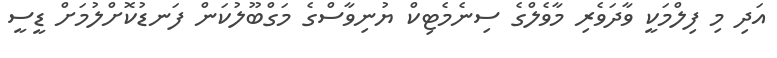
އަދި މި ފިލްމަކީ ވާދަވެރި މާވެލްގެ ސިނެމެޓިކް ޔުނިވާސްގެ މަގްބޫލުކަން ފަނޑުކޮށްލުމަށް ޑީސީ